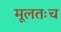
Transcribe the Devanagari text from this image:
मूलतःच